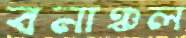
বনাঞ্চল